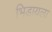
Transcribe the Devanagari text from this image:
भिडायला